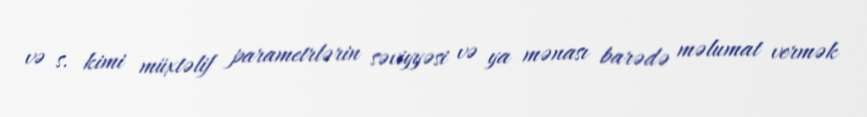
və s. kimi müxtəlif parametrlərin səviyyəsi və ya mənası barədə məlumat vermək